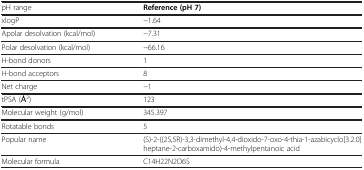
| pH range | Reference (pH 7) |
 | --- | --- |
 | xlogP | −1.64 |
 | Apolar desolvation (kcal/mol) | −7.31 |
 | Polar desolvation (kcal/mol) | −66.16 |
 | H-bond donors | 1 |
 | H-bond acceptors | 8 |
 | Net charge | −1 |
 | tPSA (Å2) | 123 |
 | Molecular weight (g/mol) | 345.397 |
 | Rotatable bonds | 5 |
 | Popular name | (S)-2-((2S,5R)-3,3-dimethyl-4,4-dioxido-7-oxo-4-thia-1-azabicyclo[3.2.0]heptane-2-carboxamido)-4-methylpentanoic acid |
 | Molecular formula | C14H22N2O6S |